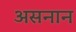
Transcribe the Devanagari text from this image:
असनान